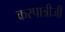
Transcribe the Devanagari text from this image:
करपात्रीजी